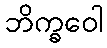
ဘိက္ခဝေါ